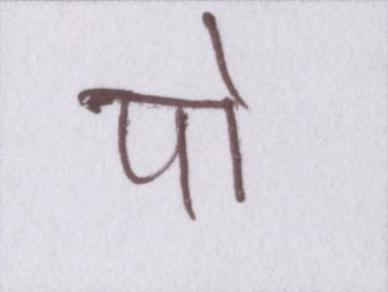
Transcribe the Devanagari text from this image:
पो